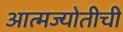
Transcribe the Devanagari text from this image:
आत्मज्योतीची